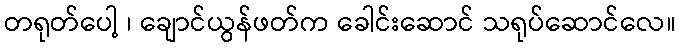
တရုတ်ပေါ့ ၊ ချောင်ယွန်ဖတ်က ခေါင်းဆောင် သရုပ်ဆောင်လေ။